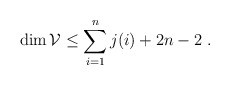
\begin{align*}\dim{\mathcal V}\le\sum_{i=1}^nj(i)+2n-2\ .\end{align*}